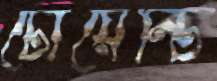
টোয়েন্টি